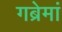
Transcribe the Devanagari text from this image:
गब्रेमां